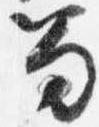
笏